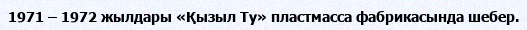
1971 – 1972 жылдары «Қызыл Ту» пластмасса фабрикасында шебер.